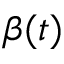
\beta ( t )